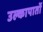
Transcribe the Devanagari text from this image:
उल्कापातों